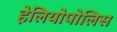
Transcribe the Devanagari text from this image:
हेलियोपोलिस